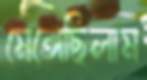
মেঙ্গেছিলাম